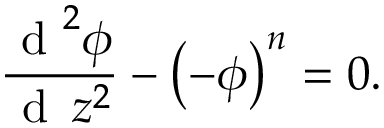
\frac { \mathrm { ~ d ~ } ^ { 2 } \phi } { \mathrm { ~ d ~ } \, z ^ { 2 } } - \left( - \phi \right) ^ { n } = 0 .